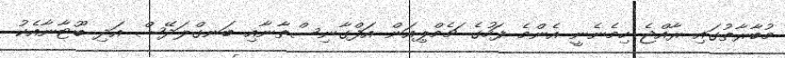
މުބާރާތުގައި ރާއްޖެ ހިމެނެނީ އެންމެ ފަހުގެ ޗެމްޕިއަން އަފްގާނިސްތާނާއި ބަނގްލަދޭޝް އަދި ބޫޓާނާއެކު